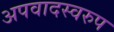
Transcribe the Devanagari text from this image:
अपवादस्वरुप